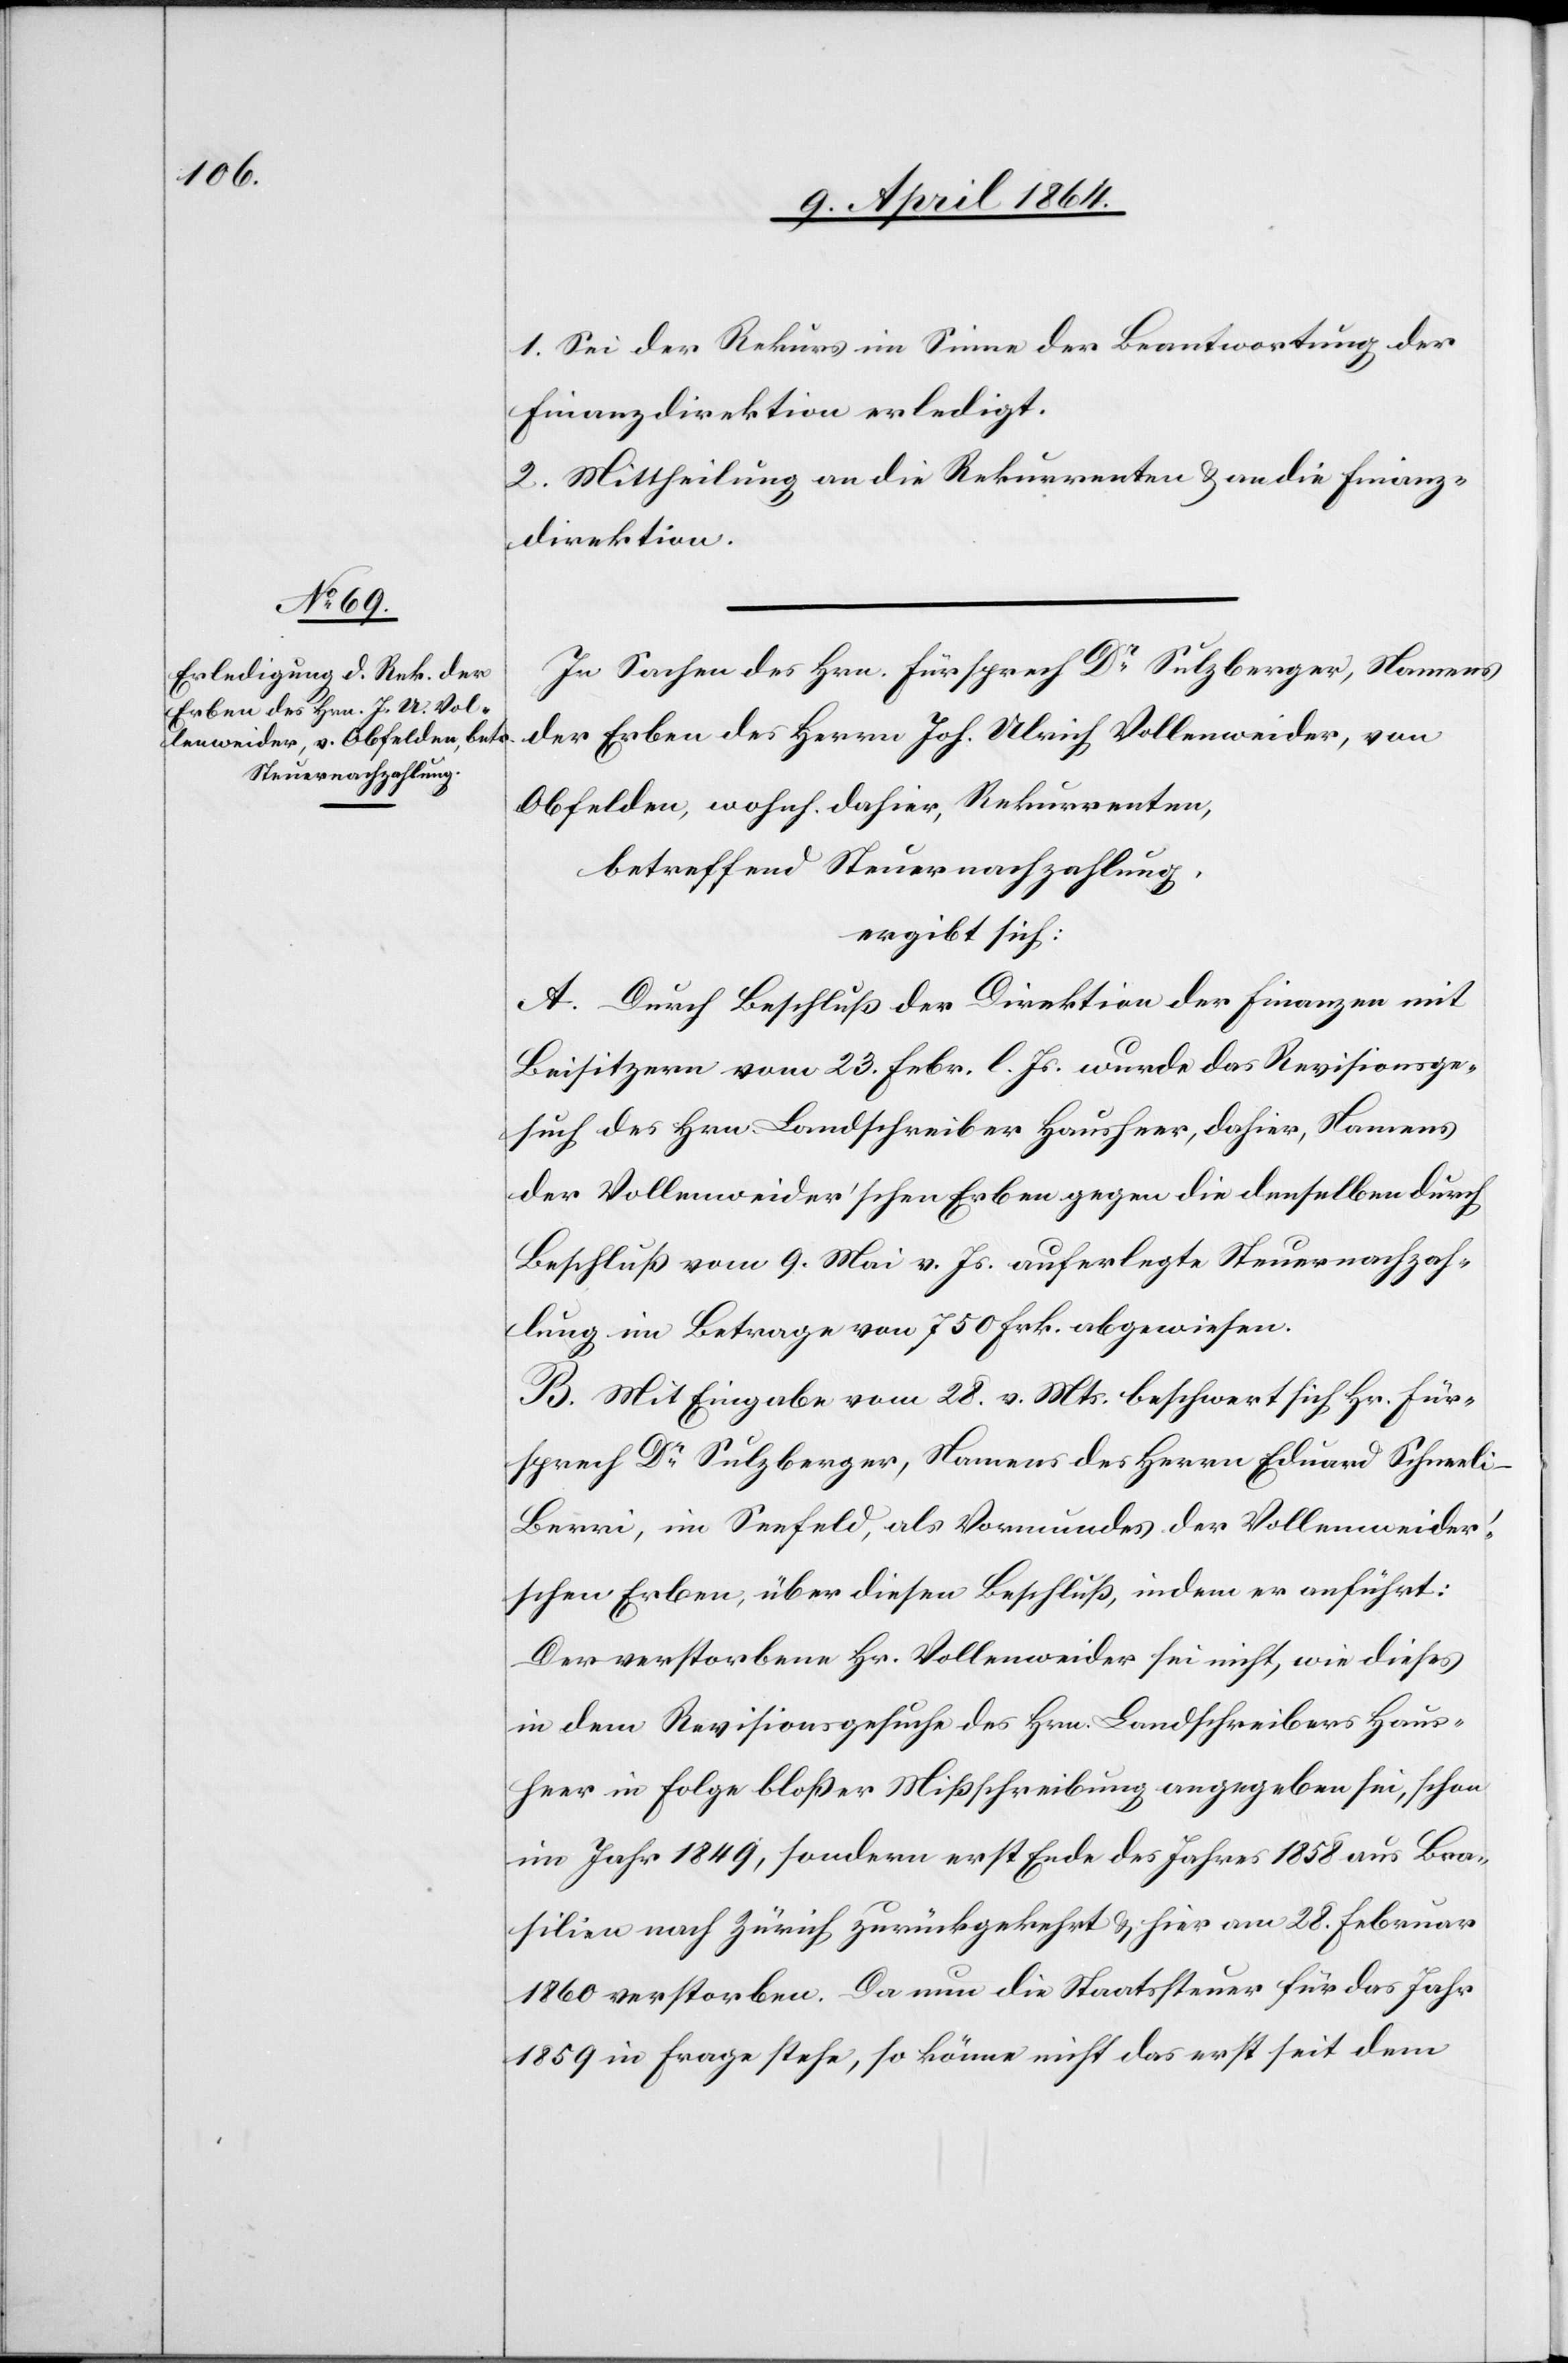
1. Sei der Rekurs im Sinne der Beantwortung der
Finanzdirektion erledigt.
2. Mittheilung an die Rekurrenten u. an die Finanz¬
direktion.
In Sachen des Hrn. Fürsprech Dr Sulzberger, Namens
der Erben des Herrn Joh. Ulrich Vollenweider, von
Obfelden, wohnh. dahier, Rekurrenten,
betreffend Steuernachzahlung,
ergibt sich:
A. Durch Beschluß der Direktion der Finanzen mit
Beisitzern vom 23. Febr. l. Js. wurde das Revisionsge¬
such des Hrn. Landschreiber Hausheer, dahier, Namens
der Vollenweider’schen Erben gegen die denselben durch
Beschluß vom 9. Mai v. Js. auferlegte Steuernachzah¬
lung im Betrage von 750 Frk. abgewiesen.
B. Mit Eingabe vom 28. v. Mts. beschwert sich Hr. Für¬
sprech Dr Sulzberger, Namens des Herrn Eduard Schneeli-B¬
erri, im Seefeld, als Vormundes der Vollenweide¬
r’schen Erben, über diesen Beschluß indem er anführt:
Der verstorbene Hr. Vollenweider sei nicht, wie dieses
in dem Revisionsgesuche des Hrn. Landschreibers Haus¬
heer in Folge bloßer Mißschreibung angegeben sei, schon
im Jahr 1849, sondern erst Ende des Jahres 1858 aus Bra¬
silien nach Zürich zurückgekehrt u. hier am 28. Februar
1860 verstorben. Da nun die Staatssteuer für das Jahr
1859 in Frage stehe, so könne nicht das erst seit dem